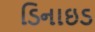
ડિનાઇડ